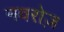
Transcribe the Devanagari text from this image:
नवरोज़